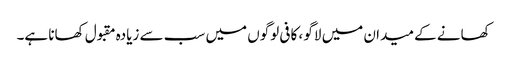
کھانے کے میدان میں لاگو ، کافی لوگوں میں سب سے زیادہ مقبول کھانا ہے۔